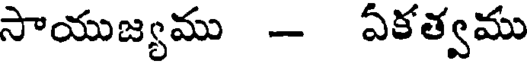
సాయుజ్యము - ఏకత్వము